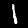
Digit: 1